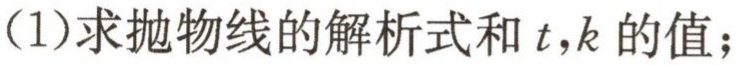
(1)求抛物线的解析式和\(t,k\)的值；